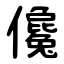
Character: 儳